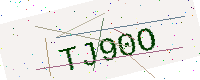
Text: TJ90O